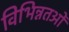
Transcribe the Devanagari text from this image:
विभिन्नतओं